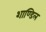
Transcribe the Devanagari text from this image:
शाण्डिल